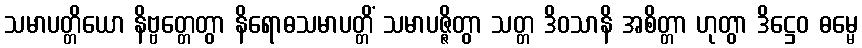
သမာပတ္တိယော နိဗ္ဗတ္တေတွာ နိရောဓသမာပတ္တိံ သမာပဇ္ဇိတွာ သတ္တ ဒိဝသာနိ အစိတ္တာ ဟုတွာ ဒိဋ္ဌေဝ ဓမ္မေ